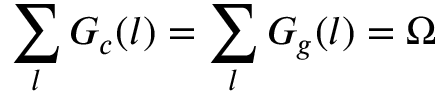
\sum _ { l } G _ { c } ( l ) = \sum _ { l } G _ { g } ( l ) = \Omega